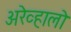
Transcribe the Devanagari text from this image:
अरेव्हालो